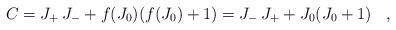
\begin{align*}C = J_{+} \, J_{-} + f(J_{0}) (f(J_{0}) + 1) = J_{-} \, J_{+} + J_{0} (J_0 + 1) \;\;\; , \end{align*}